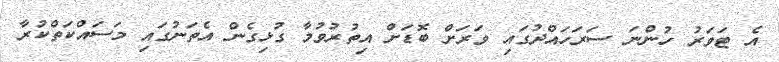
އެ ޓަވަރު ހުންނަ ސަރަހައްދުގައި ވަރަށް ބޮޑަށް އިތުރުވުމާ ގުޅިގެން އެތަނުގައި މަސައްކަތްކުރާ